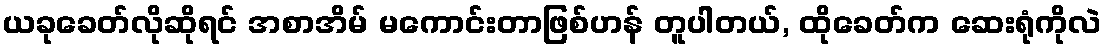
ယခုခေတ်လိုဆိုရင် အစာအိမ် မကောင်းတာဖြစ်ဟန် တူပါတယ်, ထိုခေတ်က ဆေးရုံကိုလဲ